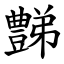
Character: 豑